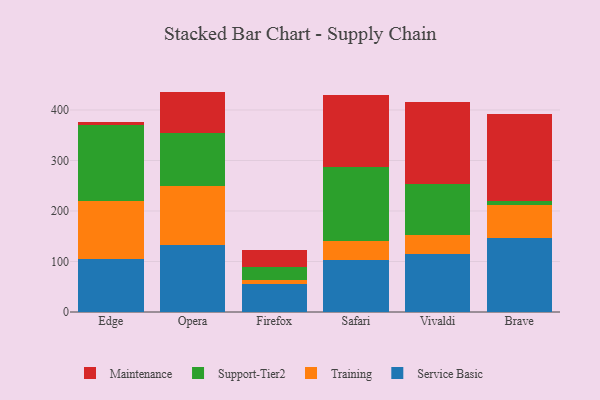
{"axis": {"x": "Browser", "y": "Conversion Rate (%)"}, "legend": ["Maintenance", "Service Basic", "Support-Tier2", "Training"], "data": [{"x": "Edge", "y": 105.4, "type": "Service Basic"}, {"x": "Edge", "y": 113.6, "type": "Training"}, {"x": "Edge", "y": 150.5, "type": "Support-Tier2"}, {"x": "Edge", "y": 7.7, "type": "Maintenance"}, {"x": "Opera", "y": 133.6, "type": "Service Basic"}, {"x": "Opera", "y": 116.3, "type": "Training"}, {"x": "Opera", "y": 104.0, "type": "Support-Tier2"}, {"x": "Opera", "y": 82.5, "type": "Maintenance"}, {"x": "Firefox", "y": 55.1, "type": "Service Basic"}, {"x": "Firefox", "y": 8.9, "type": "Training"}, {"x": "Firefox", "y": 24.6, "type": "Support-Tier2"}, {"x": "Firefox", "y": 34.1, "type": "Maintenance"}, {"x": "Safari", "y": 103.7, "type": "Service Basic"}, {"x": "Safari", "y": 37.0, "type": "Training"}, {"x": "Safari", "y": 146.9, "type": "Support-Tier2"}, {"x": "Safari", "y": 142.0, "type": "Maintenance"}, {"x": "Vivaldi", "y": 115.6, "type": "Service Basic"}, {"x": "Vivaldi", "y": 37.6, "type": "Training"}, {"x": "Vivaldi", "y": 101.0, "type": "Support-Tier2"}, {"x": "Vivaldi", "y": 161.5, "type": "Maintenance"}, {"x": "Brave", "y": 146.9, "type": "Service Basic"}, {"x": "Brave", "y": 64.8, "type": "Training"}, {"x": "Brave", "y": 9.0, "type": "Support-Tier2"}, {"x": "Brave", "y": 171.7, "type": "Maintenance"}]}